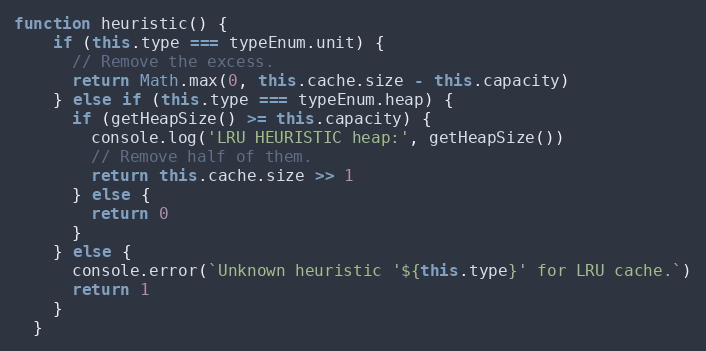
Language: JavaScript
function heuristic() {
    if (this.type === typeEnum.unit) {
      // Remove the excess.
      return Math.max(0, this.cache.size - this.capacity)
    } else if (this.type === typeEnum.heap) {
      if (getHeapSize() >= this.capacity) {
        console.log('LRU HEURISTIC heap:', getHeapSize())
        // Remove half of them.
        return this.cache.size >> 1
      } else {
        return 0
      }
    } else {
      console.error(`Unknown heuristic '${this.type}' for LRU cache.`)
      return 1
    }
  }